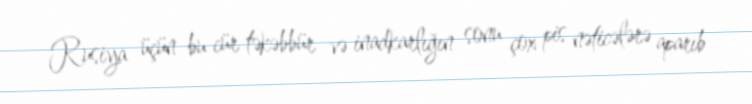
Rusiya üçün bu cür təkəbbür və inadkarlığın sonu çox pis nəticələrə aparıb